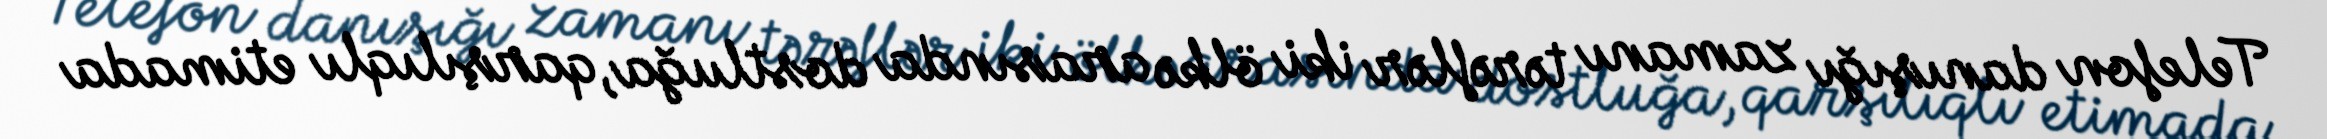
Telefon danışığı zamanı tərəflər iki ölkə arasında dostluğa, qarşılıqlı etimada